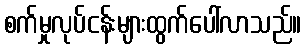
စက်မှုလုပ်ငန်းများထွက်ပေါ်လာသည်။